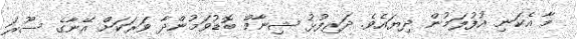
މާ އެކަނި އުފުލަމުން ދިޔައެވެ. ދަރިފުޅު ޝިނާމް ބޮޑުވަމުންދާ ވަރަކަށް އޭނާގެ ސޫރަ